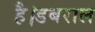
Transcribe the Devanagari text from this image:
है।डबराल